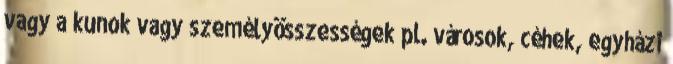
vagy a kunok vagy személyösszességek pl. városok, céhek, egyházi